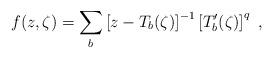
LaTeX: \begin{align*}f(z,\zeta)=\sum_b\left[ z-T_b(\zeta )\right] ^{-1} \left[ T'_b(\zeta )\right] ^q\ ,\end{align*}